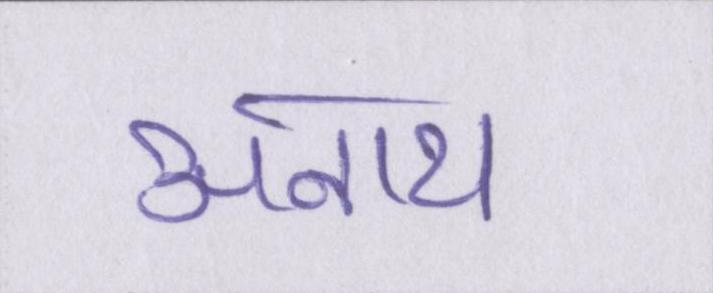
अनाथ